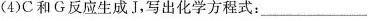
(4)C和G反应生成J，写出化学方程式：_。